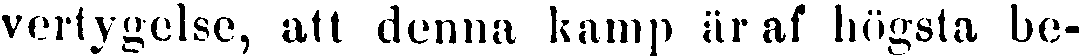
vertygelse, att denna kamp är af högsta be-